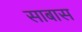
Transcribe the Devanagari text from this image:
साबास